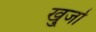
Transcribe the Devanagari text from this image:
खु्र्जा